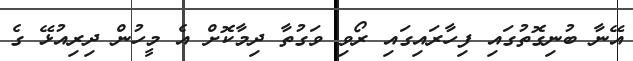
އޭނާ ބުނިގޮތުގައި ފިހާރައިގައި ރޯވި ވަގުތާ ދިމާކޮށް އެ މީހުން ދިރިއުޅޭ ގެ